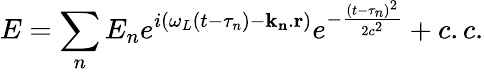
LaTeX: E=\sum_{n}E_{n}e^{i(\omega_{L}(t-\tau_{n})-\mathbf{k_{n}}.\mathbf{r})}e^{-\frac{(t-\tau_{n})^{2}}{2c^{2}}}+c.c.